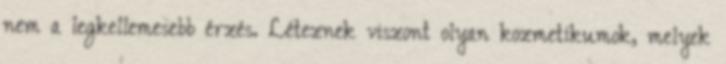
nem a legkellemesebb érzés. Léteznek viszont olyan kozmetikumok, melyek